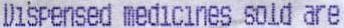
DISPENSED MEDICINES SOLD ARE